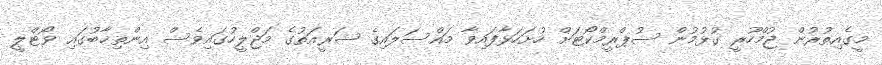
މީގެއިތުރުން ޖުމްހޫރީ ގުޅުމުން ސުޕްރީމްކޯޓަށް ހުށަހަޅާފައިވާ މައްސަލައިގެ ޝަރީއަތުގެ މަޖްލީހުގައިވެސް އިންތިޚާބުގައި ވޯޓްލީ